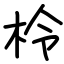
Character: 柃